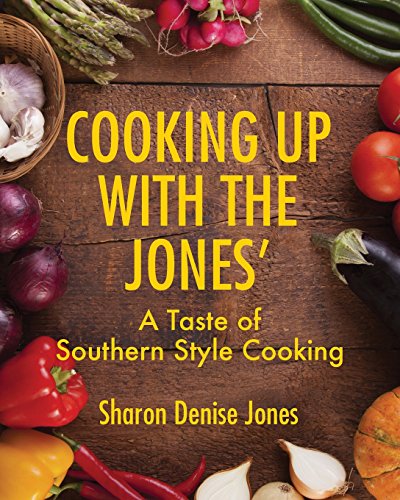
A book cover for Cooking Up With the Jones': A Taste of Southern Style Cooking; Sharon Denise Jones; Cookbooks, Food & Wine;